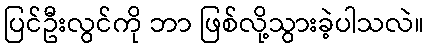
ပြင်ဦးလွင်ကို ဘာ ဖြစ်လို့သွားခဲ့ပါသလဲ။